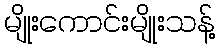
မျိုးကောင်းမျိုးသန့်